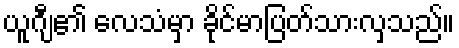
ယူဂျီ၏ လေသံမှာ ခိုင်မာပြတ်သားလှသည်။